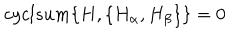
c y c l s u m \{ H , \{ H _ { \alpha } , H _ { \beta } \} \} = 0